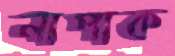
নাপাক